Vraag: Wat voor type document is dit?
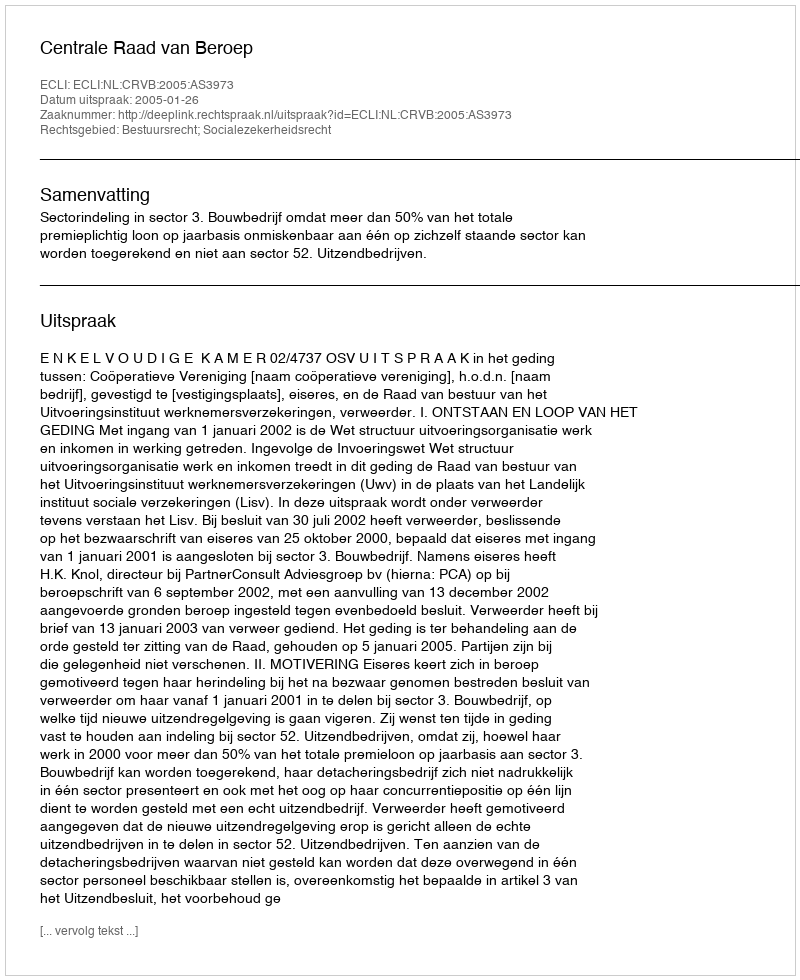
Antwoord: Uitspraak